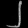
Digit: ၂